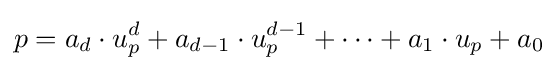
p=a_{d}\cdot u_{p}^{d}+a_{d-1}\cdot u_{p}^{d-1}+\cdots +a_{1}\cdot u_{p}+a_{0}